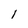
Character: 1